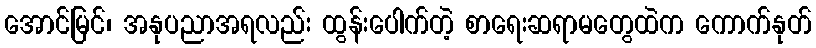
အောင်မြင်၊ အနုပညာအရလည်း ထွန်းပေါက်တဲ့ စာရေးဆရာမတွေထဲက ကောက်နုတ်